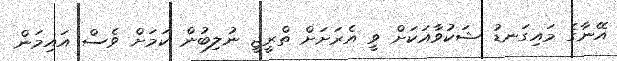
އޭނާގެ މައިގަނޑު ޝަކުވާއަކަށް ވީ އެރަށަށް ތްރީޖީ ނުލިބުން ކަމަށް ވެސް އައިމަން